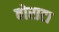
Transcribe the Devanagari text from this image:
बोराटा